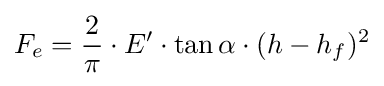
F_{e}={\frac {2}{\pi }}\cdot E'\cdot \tan \alpha \cdot (h-h_{f})^{2}